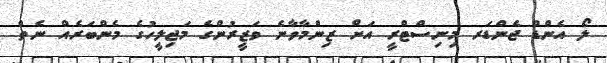
ލޯ އެންޑް ޖެންޑަރ މިނިސްޓްރީ އަށް ޒިންމާވާނެ ވަޒީރުންގެ މަޖިލީހުގެ މެންބަރެއް ނެތް